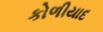
કોળીયાદ